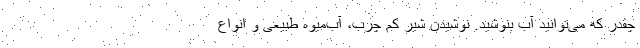
چقدر که می‌توانید آب بنوشید. نوشیدن شیر کم چرب، آب‌میوه طبیعی و انواع